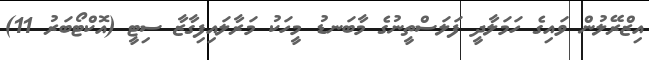
އިޒްރޭލުން ވައިގެ ހަމަލާދީ ފަލަސްތީނުގެ މާބަނޑު މީހަކު މަރާލައިފިގާޒާ ސިޓީ (އޮކްޓޯބަރު 11)